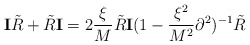
\begin{align*}{\mathbf I} {\tilde R} + {\tilde R} {\mathbf I} = 2 \frac{\xi}{M} {\tilde R} {\mathbf I}(1 - \frac{\xi^2}{M^2} \partial^2)^{-1} {\tilde R}\end{align*}